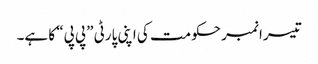
تیسرا نمبر حکومت کی اپنی پارٹی ”پی پی“ کا ہے۔